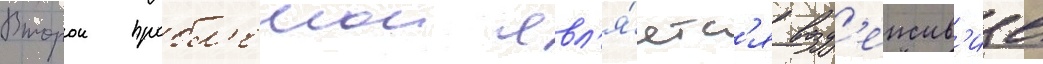
Второи пробл'емои явл'я́етс'я возд'еиств'ие